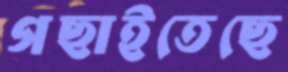
গছাইতেছে